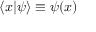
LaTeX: \langle x | \psi \rangle \equiv \psi ( x )